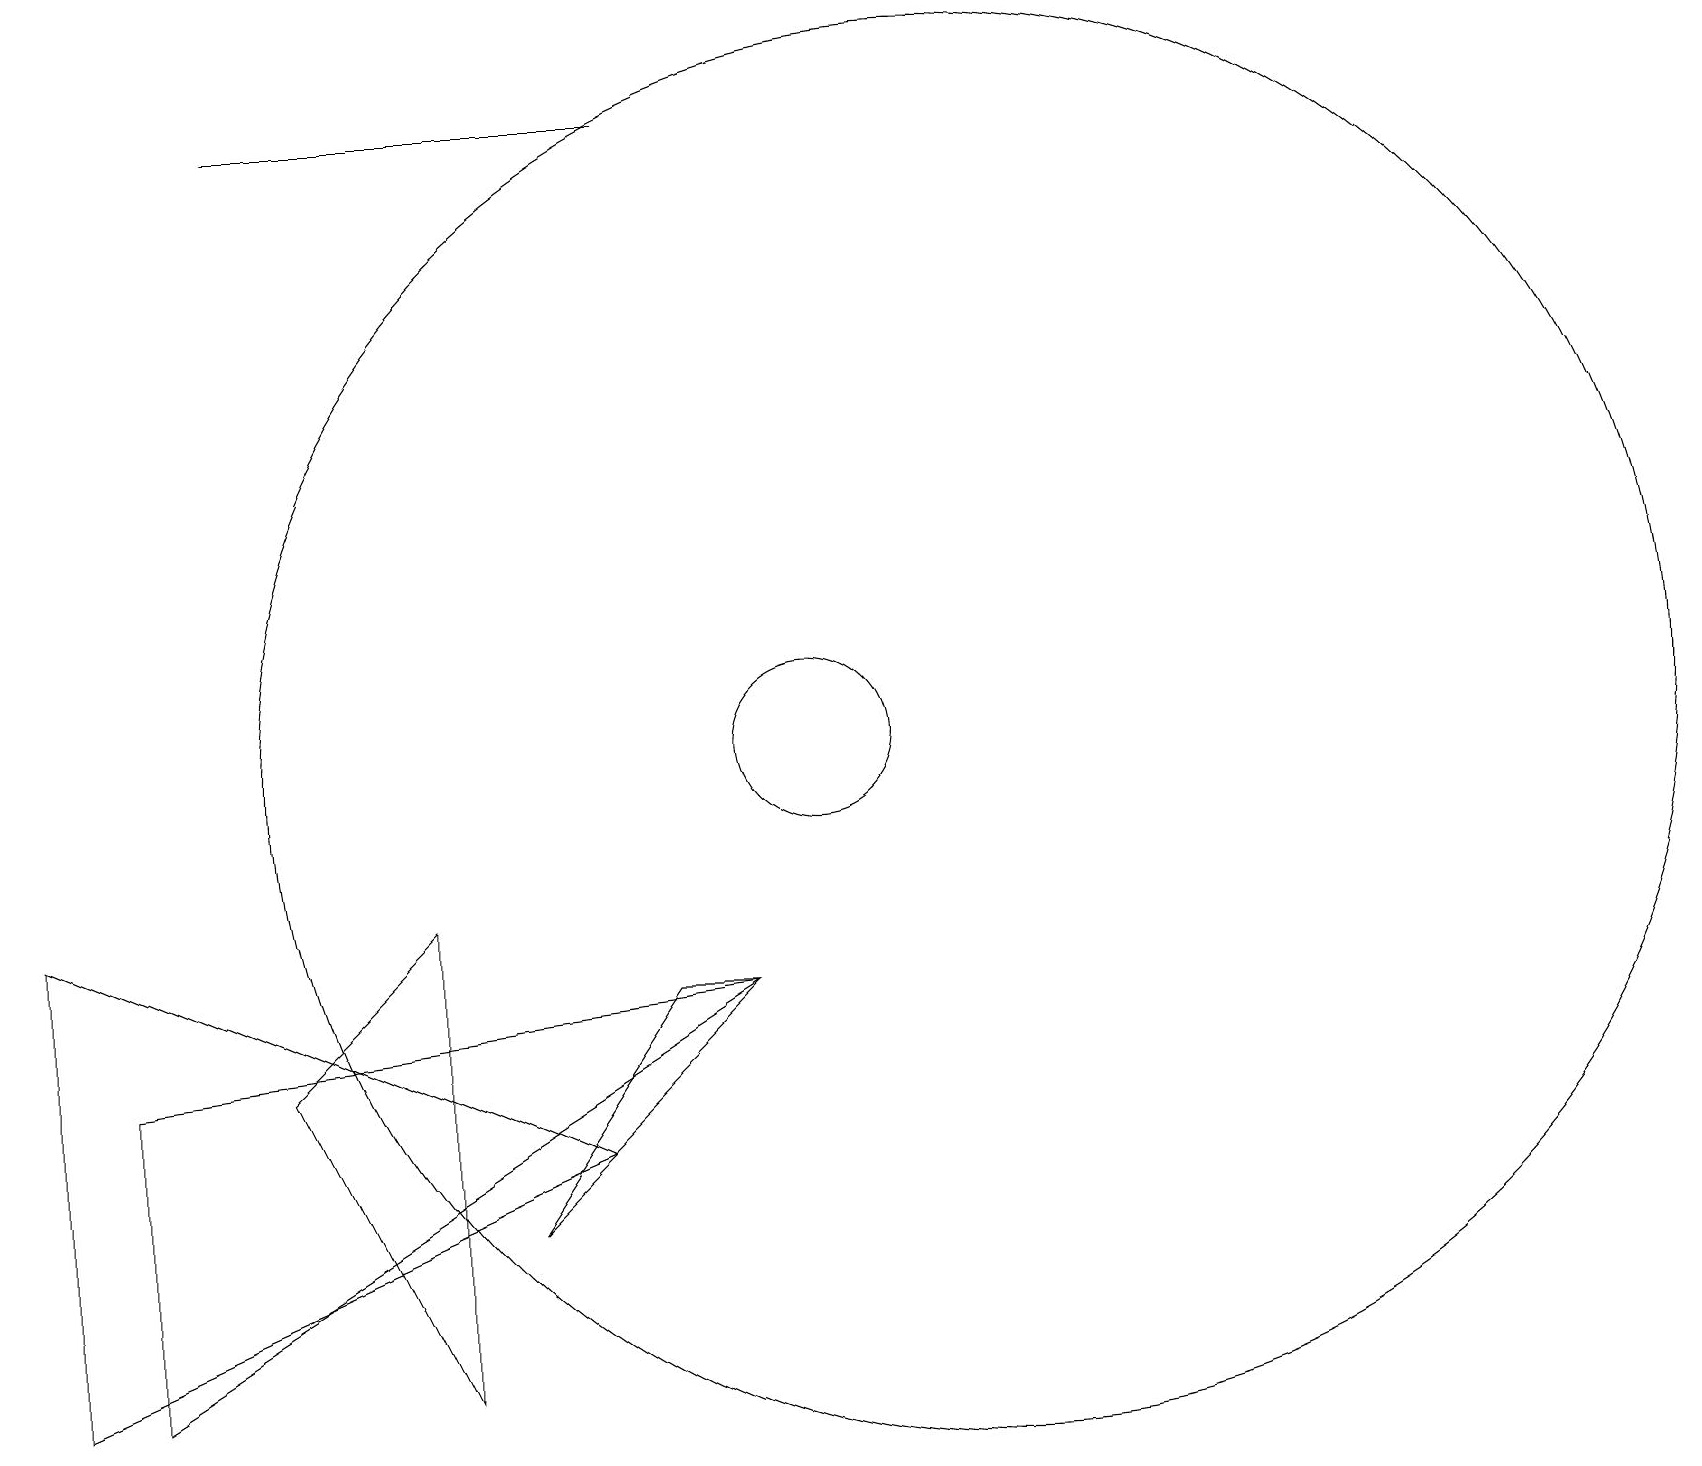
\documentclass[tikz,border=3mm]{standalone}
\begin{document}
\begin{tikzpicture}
\draw (6,4) -- (9,7) -- (8,7) -- cycle;
\draw (7,5) -- (0,2) -- (0,8) -- cycle;
\draw (3,6) -- (5,8) -- (5,2) -- cycle;
\draw (8,18) rectangle (3,18);
\draw (10,10) circle (1);
\draw (12,10) circle (9);
\draw (9,7) -- (1,2) -- (1,6) -- cycle;
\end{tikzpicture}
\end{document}